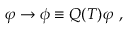
\varphi \to \phi \equiv Q ( { \cal T } ) \varphi ~ ,